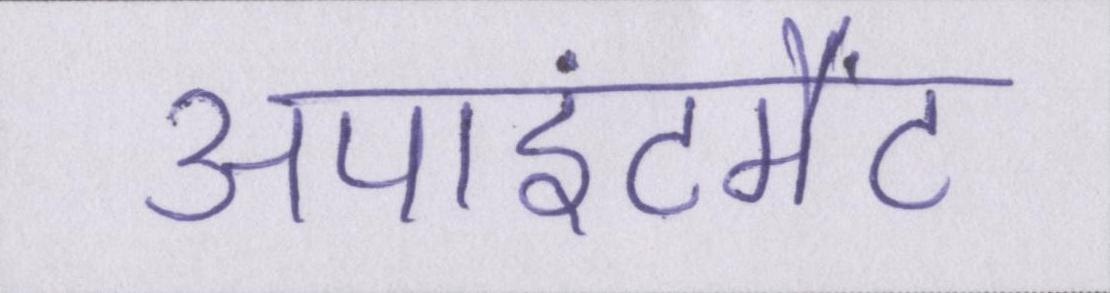
अपाइंटमैंट